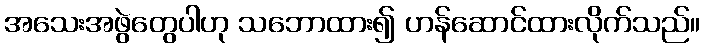
အသေးအဖွဲတွေပါဟု သဘောထား၍ ဟန်ဆောင်ထားလိုက်သည်။